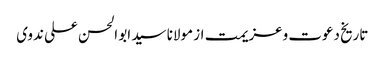
تاریخ دعوت وعزیمت از مولانا سید ابو الحسن علی ندوی